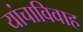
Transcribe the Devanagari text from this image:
यांचाविवाह